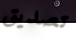
تصديق